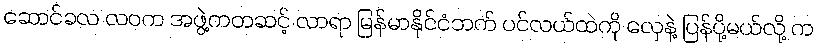
ဆောင်ခလ လဝက အဖွဲ့ကတဆင့် လာရာ မြန်မာနိုင်ငံဘက် ပင်လယ်ထဲကို လှေနဲ့ ပြန်ပို့မယ်လို့ က